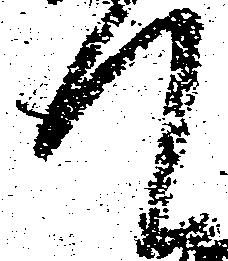
て